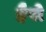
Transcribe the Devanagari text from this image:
हैपो